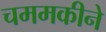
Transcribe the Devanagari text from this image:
चममकीने